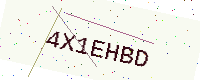
Text: 4X1EHBD